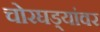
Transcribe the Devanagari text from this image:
चोरघड्यांवर